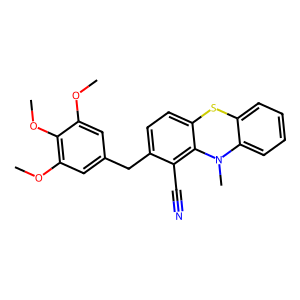
SMILES: COc1cc(Cc2ccc3c(c2C#N)N(C)c2ccccc2S3)cc(OC)c1OC
Inhibits HIV replication: No